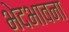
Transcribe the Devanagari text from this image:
भेदभावना